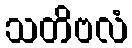
သတိဗလံ